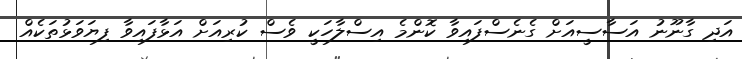
އަދި ގާނޫނު އަސާސީއަށް ގެނެސްފައިވާ ކޮންމެ އިސްލާހަކީ ވެސް ކުރިއަށް އަޅާފައިވާ ފިޔަވަޅުތަކެއް